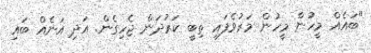
"ބައެއް މީހުން މީހުން މަރުވެފައި ތިބީ ކަރުދަން ޖެހިގެން. އަދި އަނެއް ބައި